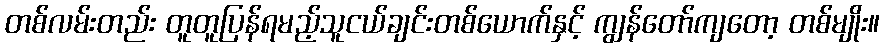
တစ်လမ်းတည်း တူတူပြန်ရမည့်သူငယ်ချင်းတစ်ယောက်နှင့် ကျွန်တော်ကျတော့ တစ်မျိုး။